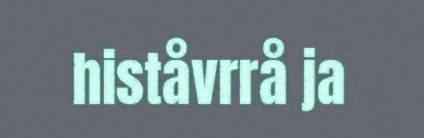
histåvrrå ja